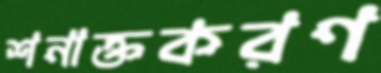
শনাক্তকরণ